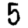
Digit: 5